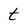
Character: t